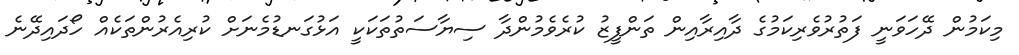
މިކަމުން ދޭހަވަނީ ފަތުރުވެރިކަމުގެ ދާއިރާއިން ތަންފީޒު ކުރެވެމުންދާ ސިޔާސަތުތަކަކީ އަޅުގަނޑުމެނަށް ކުރިއެރުންތަކެއް ހޯދައިދޭނެ